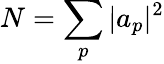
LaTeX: N=\sum_{p}|a_{p}|^{2}